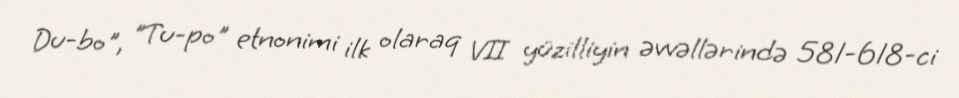
Du-bo", "Tu-po" etnonimi ilk olaraq VII yüzilliyin əvvəllərində 581-618-ci